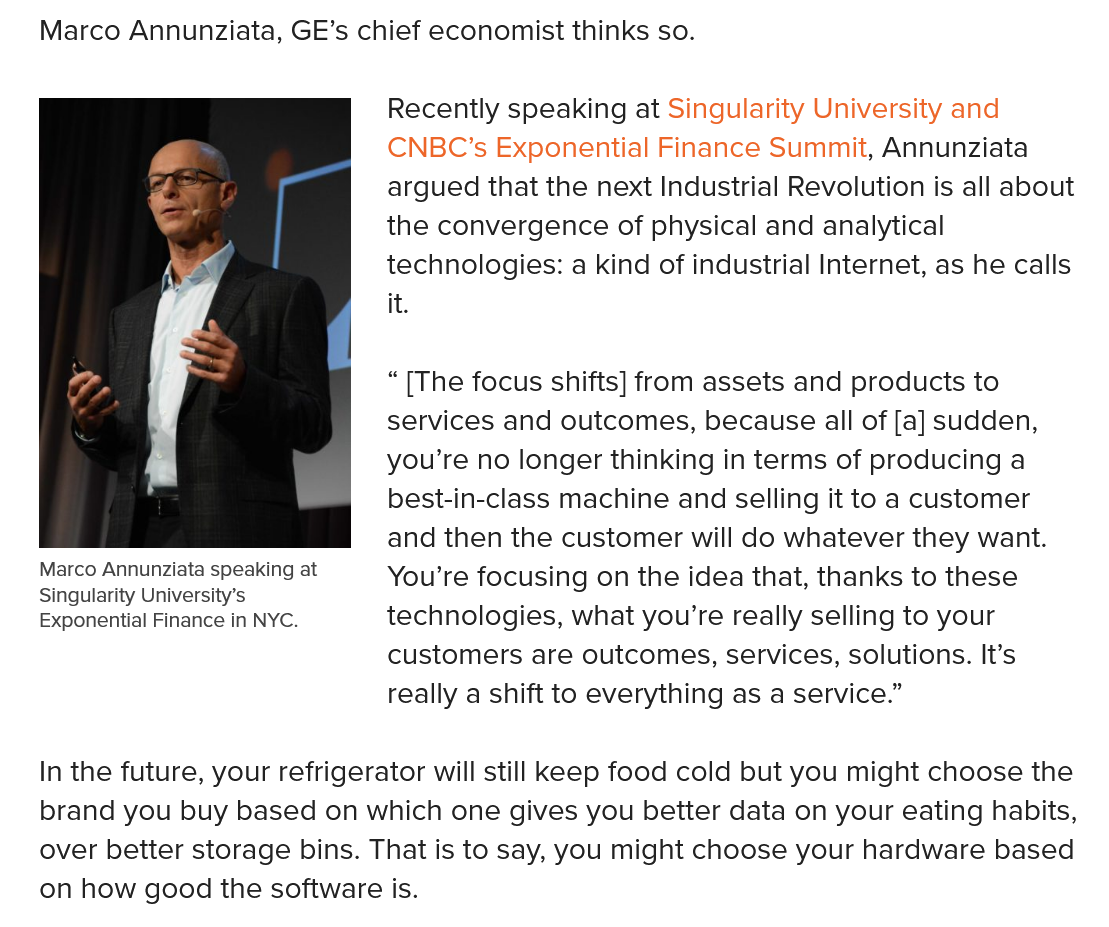
Recently speaking at Singularity University and
     CNBC’s  Exponential Finance Summit, Annunziata
     argued that the next Industrial Revolution is all about
     the convergence of physical and analytical
     technologies: a kind of industrial Internet, as he calls
     it.
     “TThe focus shifts] from assets and products to
     services and outcomes, because all of [a] sudden,
     you’re no longer thinking in terms of producing a
     best-in-class machine and selling it to a customer
     and then the customer will do whatever they want.
     You’re focusing on the idea that, thanks to these
     technologies, what you’re really selling to your
     customers are outcomes, services, solutions. It’s
     really a shift to everything as a service.”
   In the future, your refrigerator will still Keep food cold but you might choose the
   brand you buy based on which one gives you better data on your eating habits,
   over better storage bins. That is to say, you might choose your hardware based
   on how good the software is.
   Marco Annunziata speaking at
   Singularity University’s
   Exponential Finance in NYC.
   Marco Annunziata, GE’s chief economist thinks so.